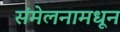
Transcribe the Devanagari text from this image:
संमेलनामधून